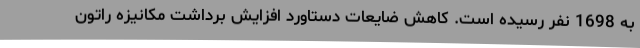
به 1698 نفر رسیده است. کاهش ضایعات دستاورد افزایش برداشت مکانیزه راتون